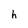
Character: h